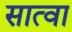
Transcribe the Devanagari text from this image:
सात्वा